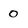
Character: 0